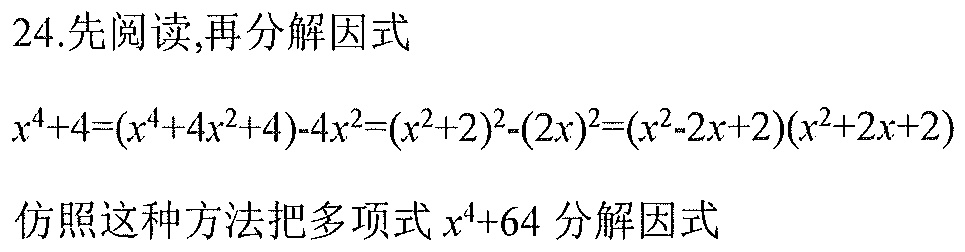
24.先阅读,再分解因式
\(x^{4}+4=(x^{4}+4x^{2}+4)-4x^{2}=(x^{2}+2)^{2}-(2x)^{2}=(x^{2}-2x + 2)(x^{2}+2x + 2)\)
仿照这种方法把多项式\(x^{4}+64\)分解因式